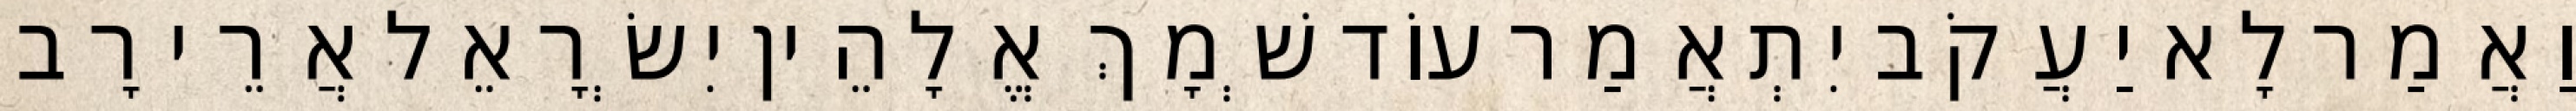
וַאֲמַר לָא יַעֲקֹב יִתְאֲמַר עוֹד שְׁמָךְ אֱלָהֵין יִשְׂרָאֵל אֲרֵי רָב